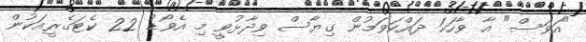
"އަވަސް" އާ ވާހަކަ ދައްކަވަމުން ގިޔާސް ވިދާޅުވީ މި އެވޯޑު 22 ކެޓަގެރީއަކުން